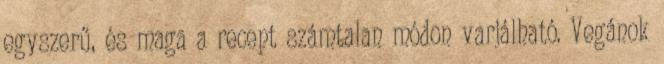
egyszerű, és maga a recept számtalan módon varjálható. Vegánok